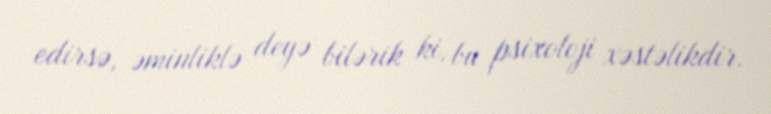
edirsə, əminliklə deyə bilərik ki, bu psixoloji xəstəlikdir.